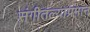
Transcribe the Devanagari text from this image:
संगीतल्याप्रमान